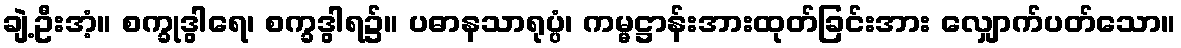
ချဲ့ဦးအံ့။ စက္ခုဒွါရေ၊ စက္ခဒွါရ၌။ ပဓာနသာရုပ္ပံ၊ ကမ္မဋ္ဌာန်းအားထုတ်ခြင်းအား လျှောက်ပတ်သော။